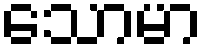
သောမာ